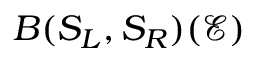
B ( S _ { L } , S _ { R } ) ( \mathcal { E } )